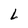
Character: L